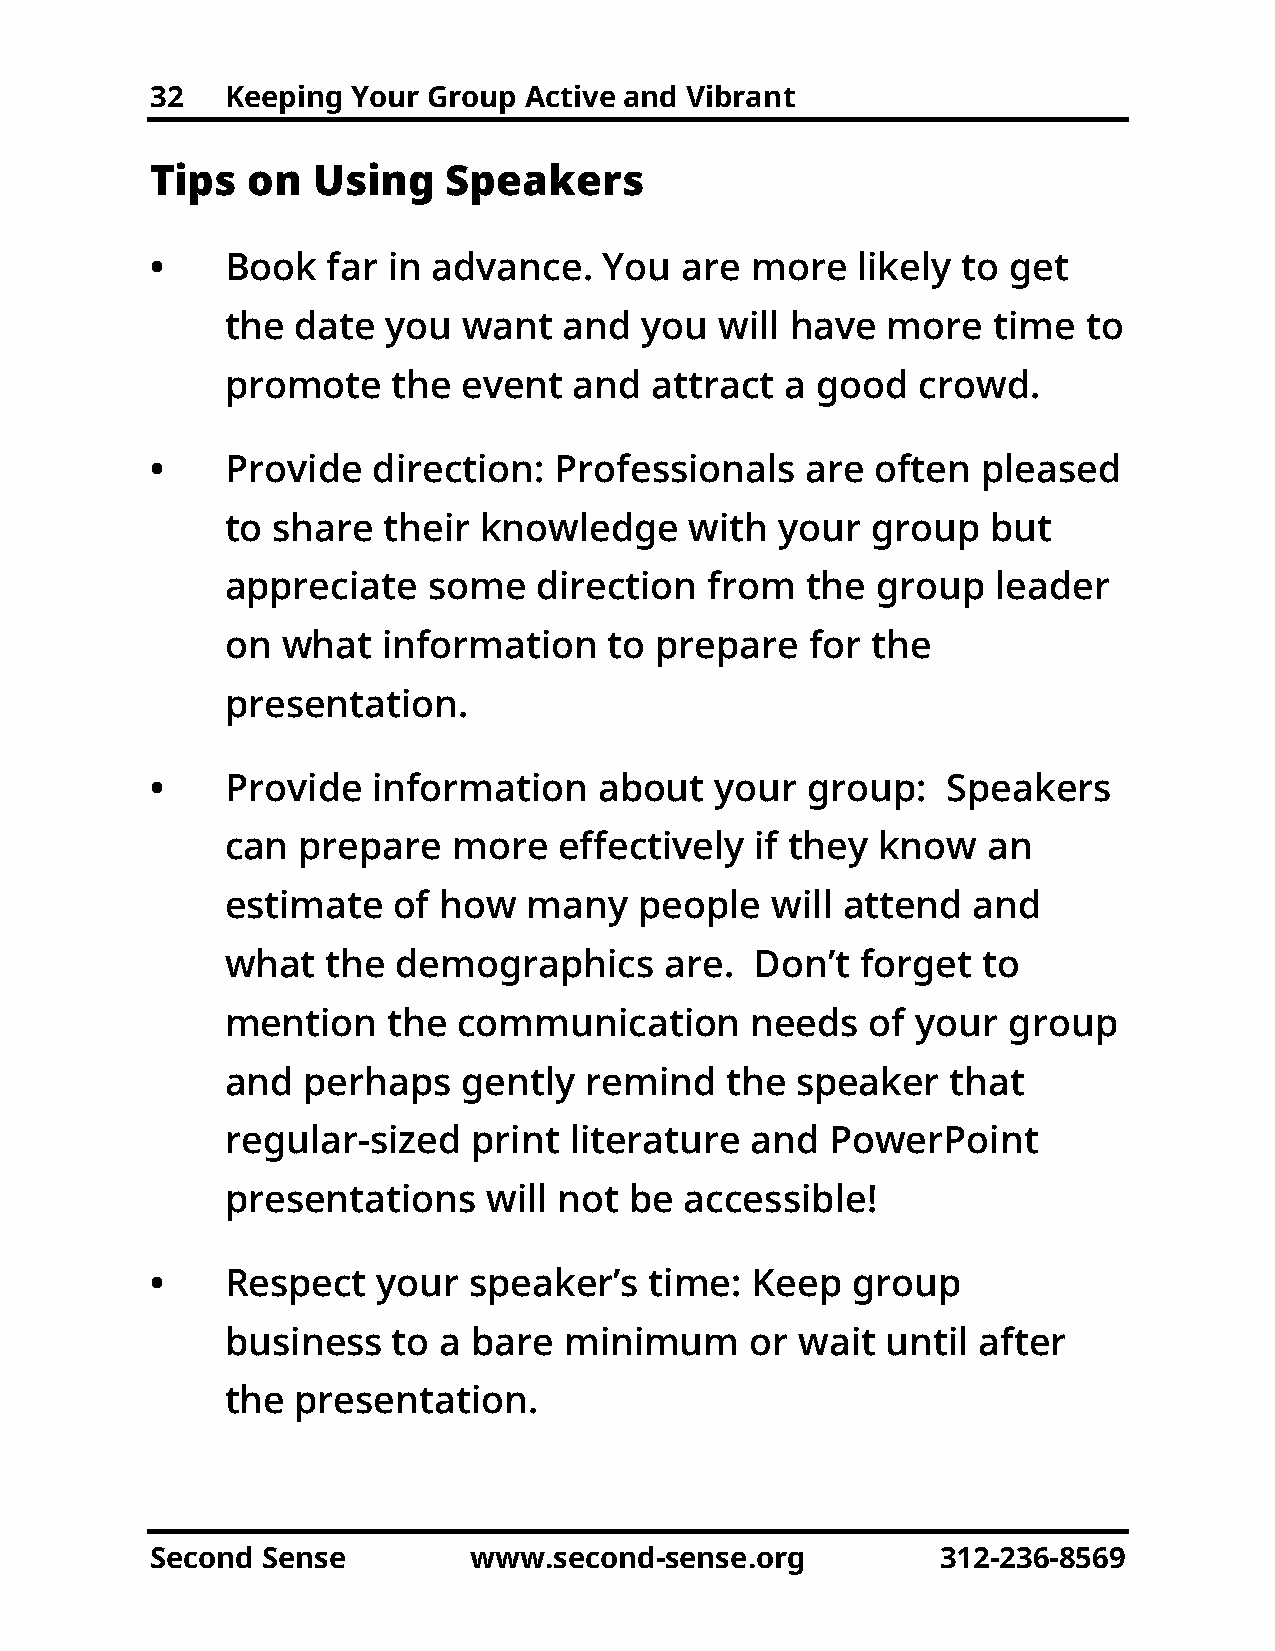
32   Keeping Your Group  Active and Vibrant
 Tips  on   Using    Speakers
 •    Book   far in advance.   You  are  more   likely to get
 the  date  you  want  and   you  will have  more   time  to
 promote    the  event  and  attract  a good   crowd.
 •    Provide   direction:  Professionals   are  often  pleased
 to share  their  knowledge     with  your  group   but
 appreciate   some    direction  from  the  group   leader
 on  what  information    to prepare    for the
 presentation.
 •    Provide   information    about  your  group:    Speakers
 can  prepare   more   effectively  if they know   an
 estimate   of how   many   people   will attend  and
 what   the demographics      are.  Don’t  forget  to
 mention    the communication       needs   of your  group
 and  perhaps    gently  remind   the  speaker   that
 regular-sized   print  literature  and  PowerPoint
 presentations    will not  be accessible!
 •    Respect   your  speaker’s   time:  Keep  group
 business   to a bare  minimum      or wait  until after
 the  presentation.
 Second Sense         www.second-sense.org           312-236-8569